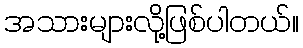
အသားများလို့ဖြစ်ပါတယ်။